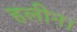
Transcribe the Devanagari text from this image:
हलीन।